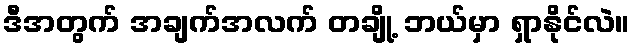
ဒီအတွက် အချက်အလက် တချို့ ဘယ်မှာ ရှာနိုင်လဲ။